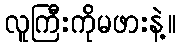
လူကြီးကိုမဖားနဲ့။